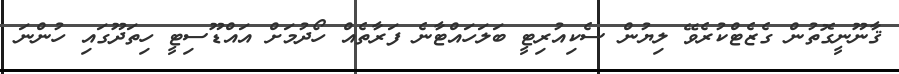
ޤާނޫނީގޮތުން ގެޒެޓްކުރެވޭ ލިޔުން ސެކިއުރިޓީ ބަލަހައްޓާނެ ފަރާތެއް ހޯދުމަށް އައްޑޫސިޓީ ހިތަދޫގައި ހުންނަ